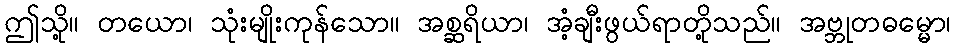
ဤသို့။ တယော၊ သုံးမျိုးကုန်သော။ အစ္ဆရိယာ၊ အံ့ချီးဖွယ်ရာတို့သည်။ အဗ္ဘုတဓမ္မော၊